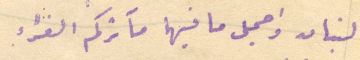
لبنان واجمل ما فيها مآثركم الغراء